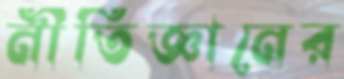
নীতিজ্ঞানের